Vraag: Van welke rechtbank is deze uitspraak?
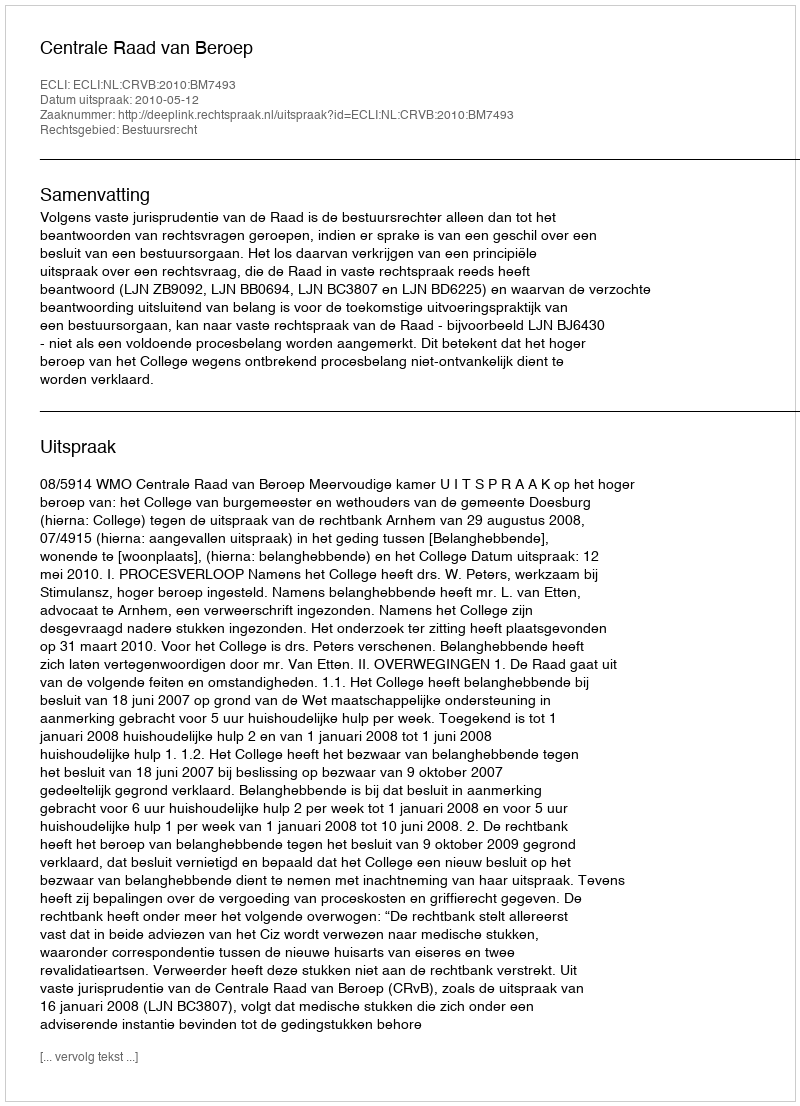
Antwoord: Centrale Raad van Beroep